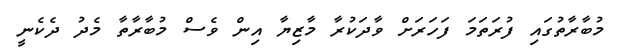
މުބާރާތުގައި ފުރަތަމަ ފަހަރަށް ވާދަކުރާ މާޒިޔާ އިން ވެސް މުބާރާތާ މެދު ދެކެނީ